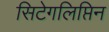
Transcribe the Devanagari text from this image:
सिटेगलिप्तिन